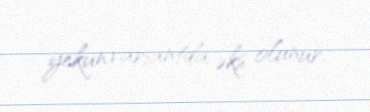
yekun variantda əks olunur.